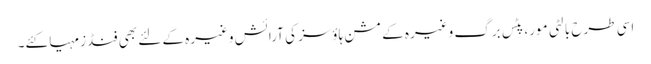
اسی طرح بالٹی مور، پِٹس برگ وغیرہ کے مشن ہاؤسز کی آرائش وغیرہ کے لئے بھی فنڈز مہیا کئے۔